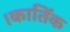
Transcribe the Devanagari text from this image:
।कातिॅक